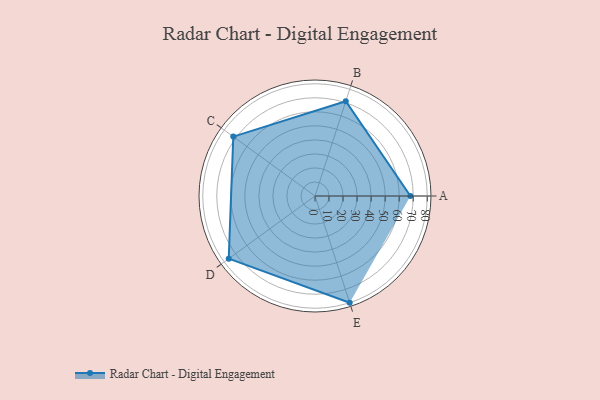
{"axis": {"x": "Skill", "y": "Score"}, "legend": ["Profile"], "data": [{"x": "A", "y": 68.0, "type": "Profile"}, {"x": "B", "y": 71.0, "type": "Profile"}, {"x": "C", "y": 72.0, "type": "Profile"}, {"x": "D", "y": 76.0, "type": "Profile"}, {"x": "E", "y": 80.0, "type": "Profile"}]}